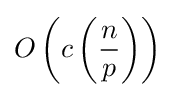
O\left(c\left({\frac {n}{p}}\right)\right)